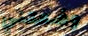
وضعتني